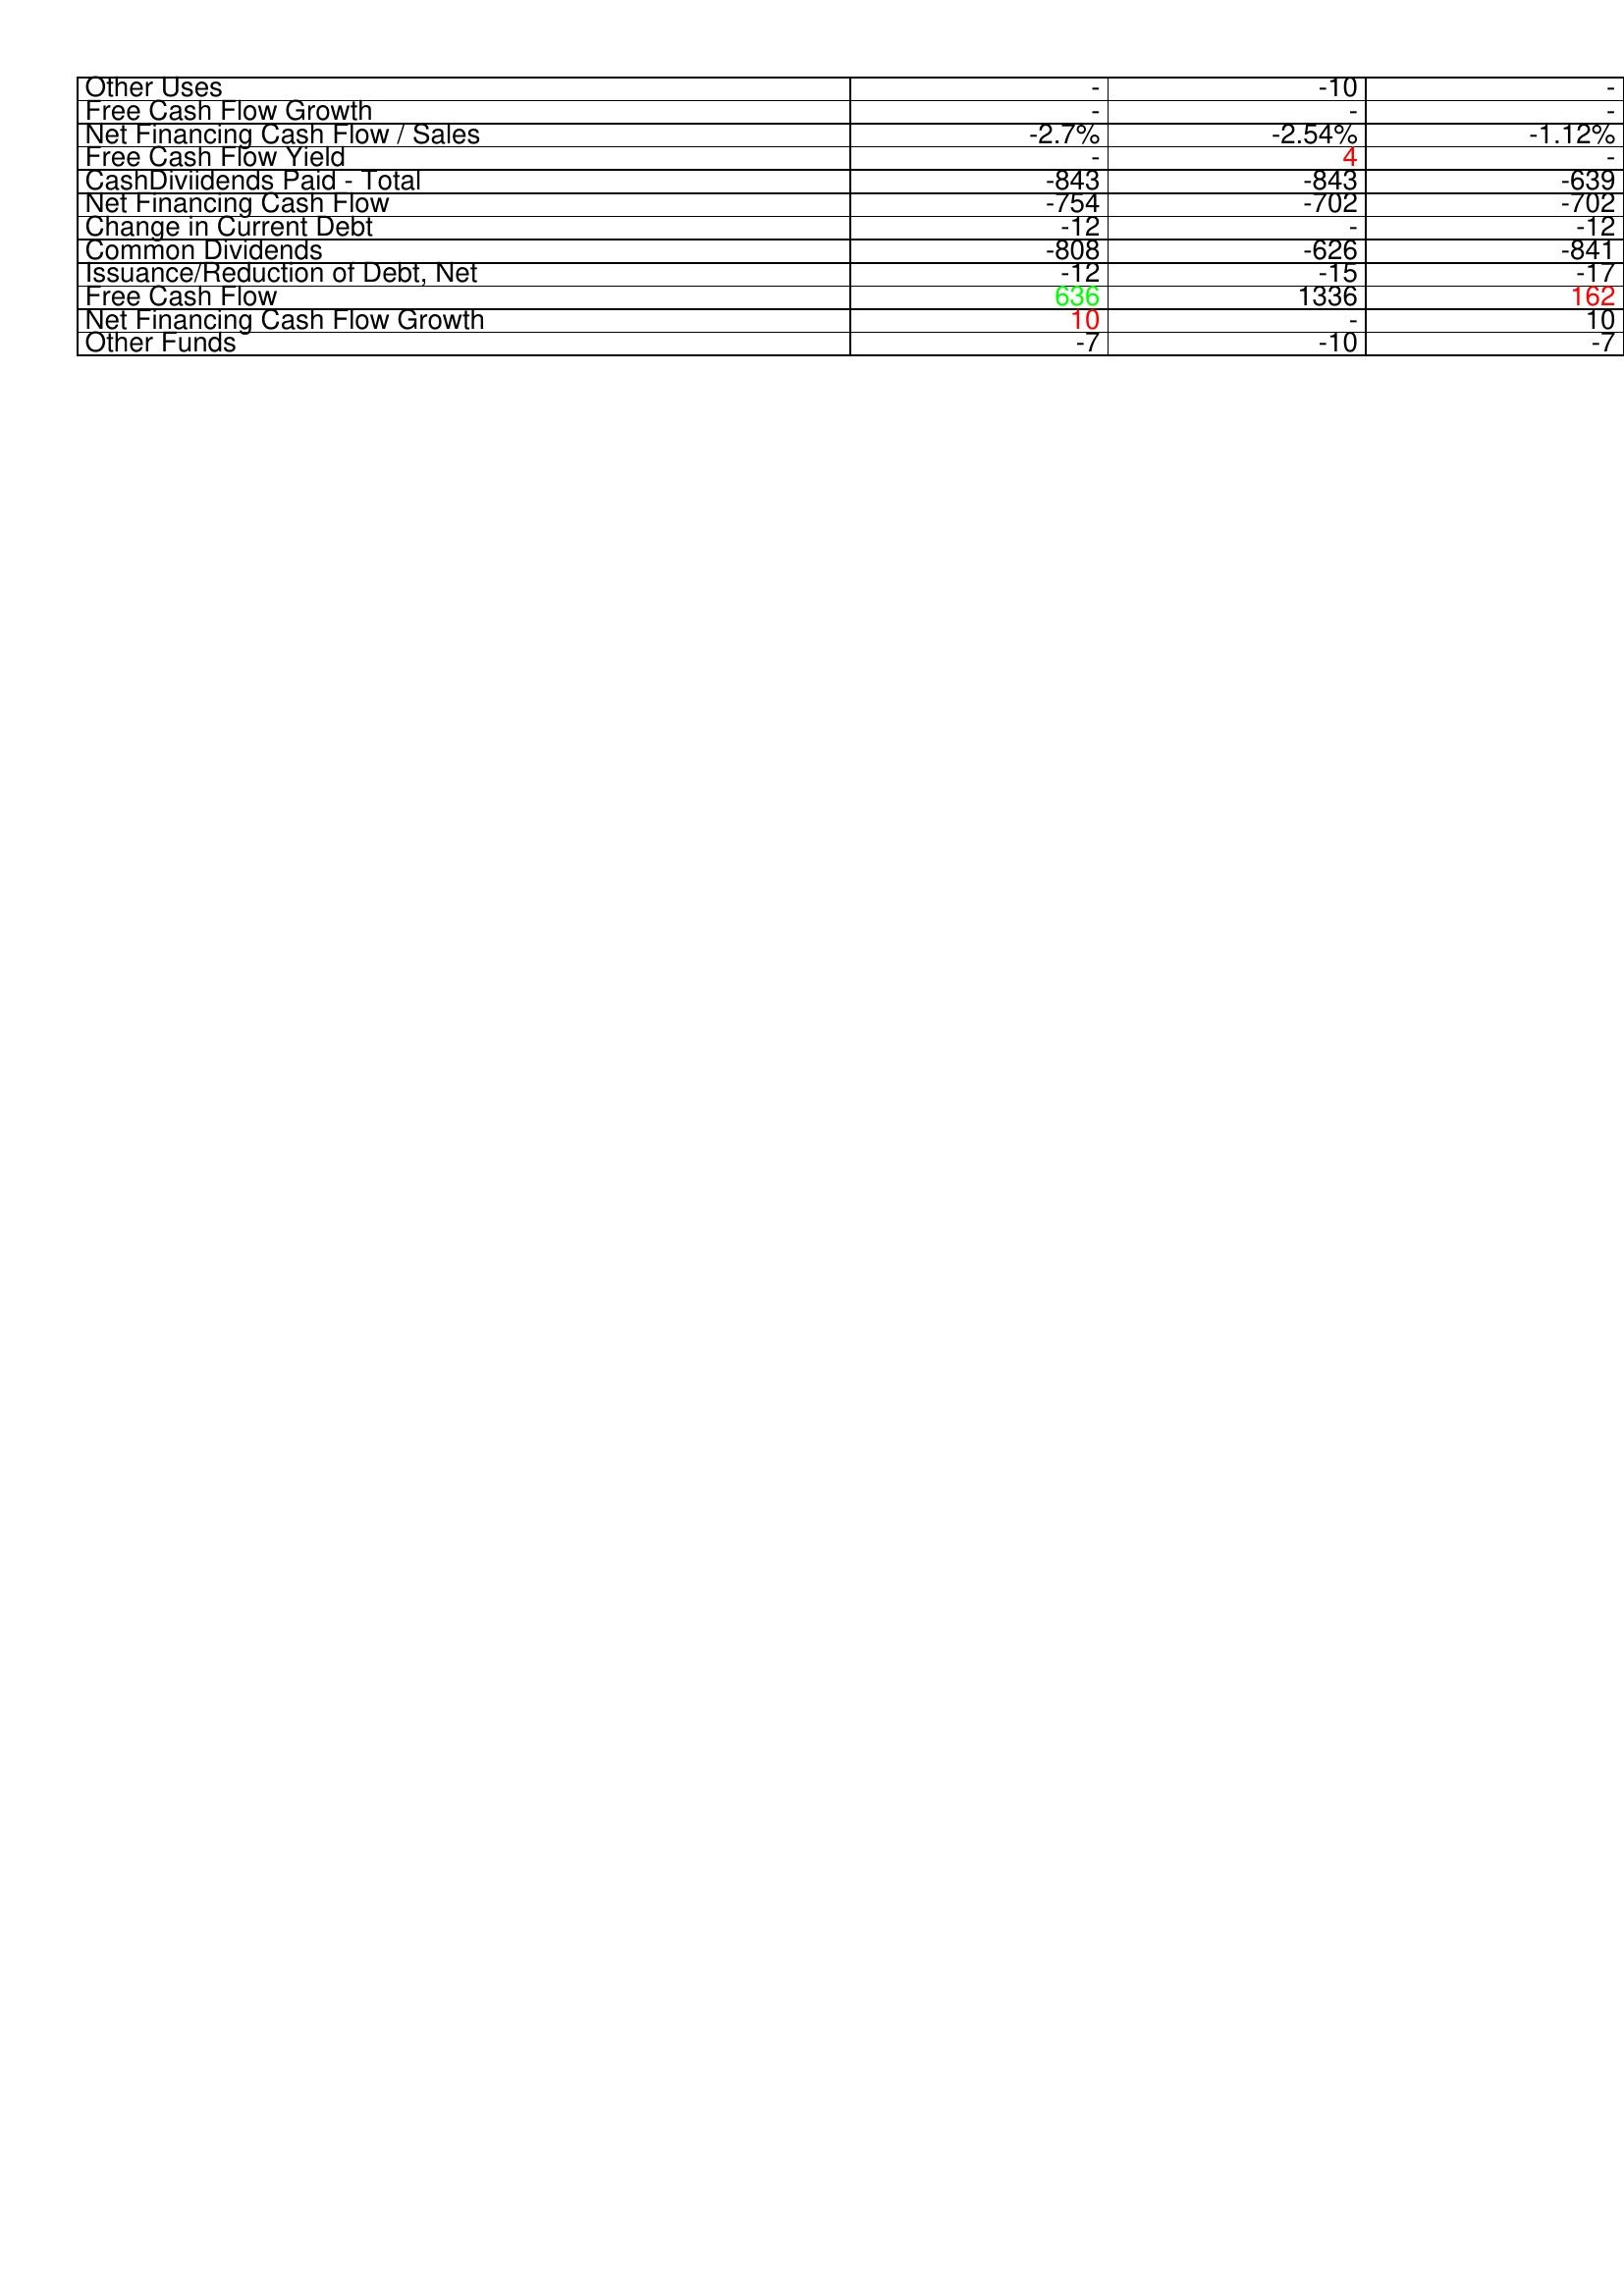
gt_parse: 2022: Financing Activities: Other Uses: -
Free Cash Flow Growth: -
Net Financing Cash Flow / Sales: -2.7%
Free Cash Flow Yield: -
CashDiviidends Paid - Total: -843
Net Financing Cash Flow: -754
Change in Current Debt: -12
Common Dividends: -808
Issuance/Reduction of Debt, Net: -12
Free Cash Flow: 636
Net Financing Cash Flow Growth: 10
Other Funds: -7
2023: Financing Activities: Other Uses: -10
Free Cash Flow Growth: -
Net Financing Cash Flow / Sales: -2.54%
Free Cash Flow Yield: 4
CashDiviidends Paid - Total: -843
Net Financing Cash Flow: -702
Change in Current Debt: -
Common Dividends: -626
Issuance/Reduction of Debt, Net: -15
Free Cash Flow: 1336
Net Financing Cash Flow Growth: -
Other Funds: -10
2024: Financing Activities: Other Uses: -
Free Cash Flow Growth: -
Net Financing Cash Flow / Sales: -1.12%
Free Cash Flow Yield: -
CashDiviidends Paid - Total: -639
Net Financing Cash Flow: -702
Change in Current Debt: -12
Common Dividends: -841
Issuance/Reduction of Debt, Net: -17
Free Cash Flow: 162
Net Financing Cash Flow Growth: 10
Other Funds: -7